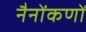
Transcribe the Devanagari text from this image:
नैनोंकणों